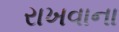
રાખવાના